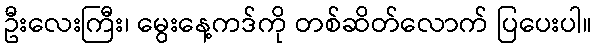
ဦးလေးကြီး၊ မွေးနေ့ကဒ်ကို တစ်ဆိတ်လောက် ပြပေးပါ။